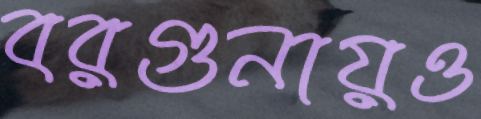
বরগুনায়ও